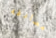
مصادفه